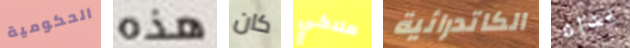
الحكومية هذه كان ملاكي الكاتدرائية يداه